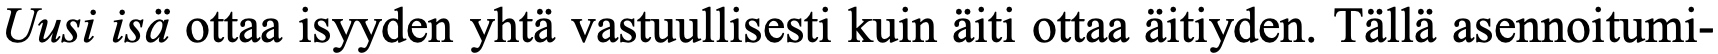
Uusi isä ottaa isyyden yhtä vastuullisesti kuin äiti ottaa äitiyden. Tällä asennoitumi-